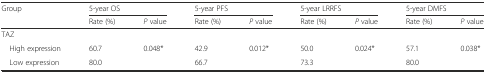
| <ROWSPAN=2> Group | <COLSPAN=2> 5-year OS | <COLSPAN=2> 5-year PFS | <COLSPAN=2> 5-year LRRFS | <COLSPAN=2> 5-year DMFS |
 | Rate (%) | P value | Rate (%) | P value | Rate (%) | P value | Rate (%) | P value |
 | --- | --- | --- | --- | --- | --- | --- | --- | --- |
 | TAZ |  |  |  |  |  |  |  |  |
 | High expression | 60.7 | 0.048* | 42.9 | 0.012* | 50.0 | 0.024* | 57.1 | 0.038* |
 | Low expression | 80.0 |  | 66.7 |  | 73.3 |  | 80.0 |  |